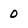
Character: 0